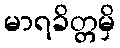
မာရခိတ္တမှိ